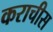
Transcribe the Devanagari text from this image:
कराचीस